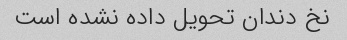
نخ دندان تحویل داده نشده است